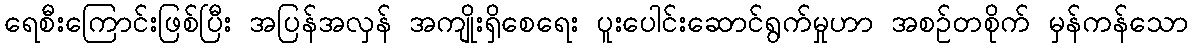
ရေစီးကြောင်းဖြစ်ပြီး အပြန်အလှန် အကျိုးရှိစေရေး ပူးပေါင်းဆောင်ရွက်မှုဟာ အစဉ်တစိုက် မှန်ကန်သော